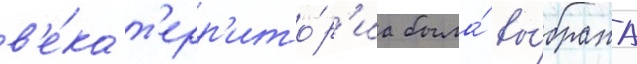
в'е́ка т'ерр'ито́р'иа была́ вы́брана